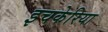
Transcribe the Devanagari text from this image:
इचकेरिया